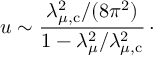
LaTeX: u \sim { \frac { \lambda _ { \mu , \mathrm { c } } ^ { 2 } / ( 8 \pi ^ { 2 } ) } { 1 - \lambda _ { \mu } ^ { 2 } / \lambda _ { \mu , \mathrm { c } } ^ { 2 } } } \, \cdotp